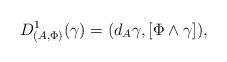
LaTeX: \begin{align*}D^1_{(A,\Phi)}(\gamma)=(d_A \gamma,[\Phi\wedge\gamma]),\end{align*}